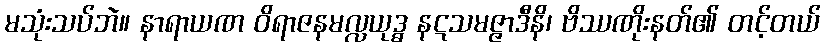
မသုံးသပ်ဘဲ။ နာရာယဏ ဝိရာဇနမလ္လယုဒ္ဓ နဋသမဇ္ဇာဒီနိ၊ ဗိဿဏိုးနတ်၏ တင့်တယ်